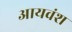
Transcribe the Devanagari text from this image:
आयवंश